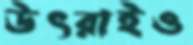
উৎরাইও